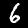
Label: 6